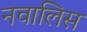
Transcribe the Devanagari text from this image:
नवालिस